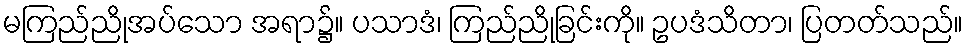
မကြည်ညိုအပ်သော အရာ၌။ ပသာဒံ၊ ကြည်ညိုခြင်းကို။ ဥပဒံသိတာ၊ ပြတတ်သည်။